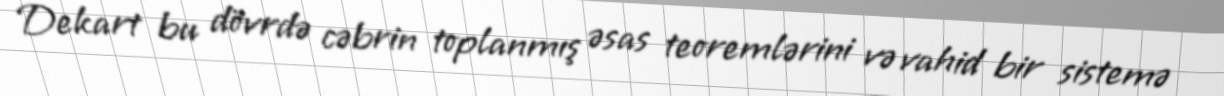
Dekart bu dövrdə cəbrin toplanmış əsas teoremlərini və vahid bir sistemə